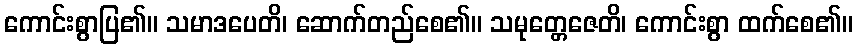
ကောင်းစွာပြ၏။ သမာဒပေတိ၊ ဆောက်တည်စေ၏။ သမုတ္တေဇေတိ၊ ကောင်းစွာ ထက်စေ၏။